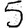
Digit: 5